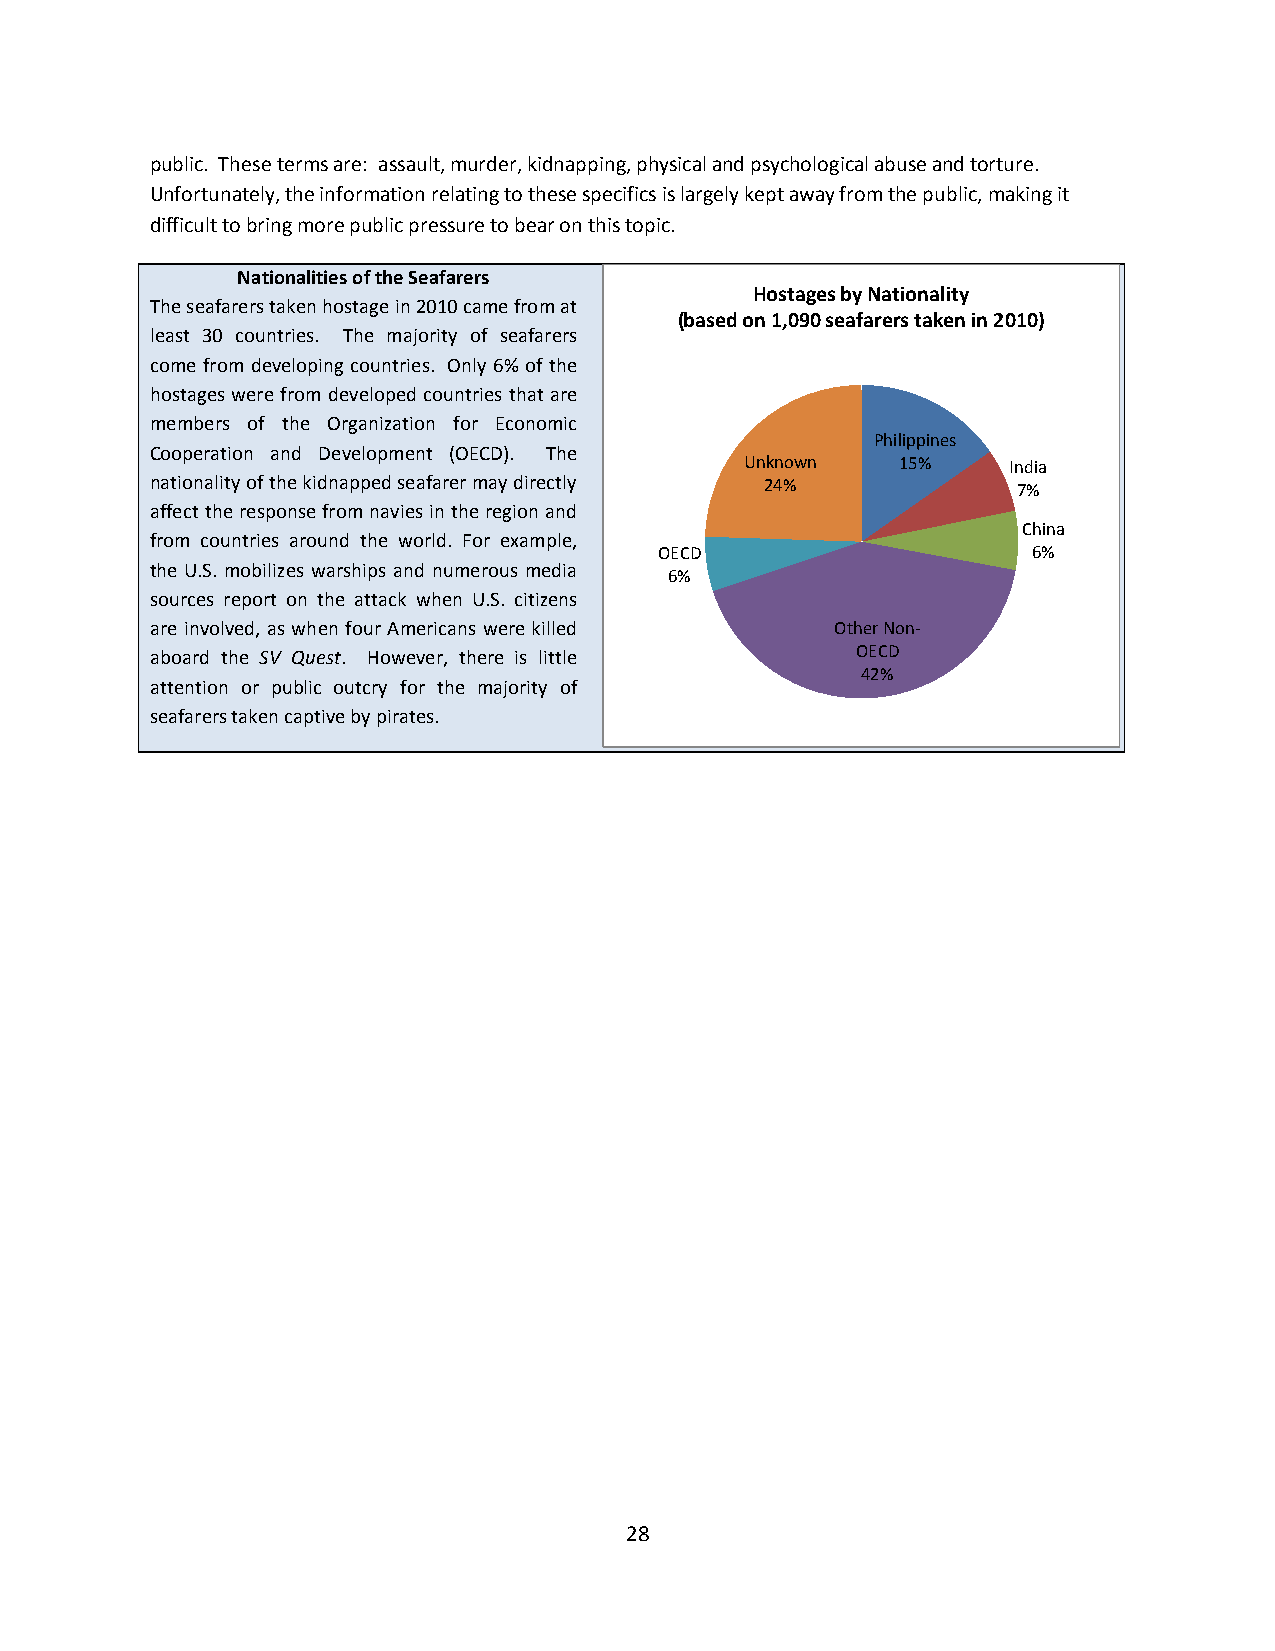
public. These terms are: assault, murder, kidnapping, physical and psychological abuse and torture.
 Unfortunately, the information relating to these specifics is largely kept away from the public, making it
 difficult to bring more public pressure to bear on this topic.
 Nationalities of the Seafarers
 Hostages by Nationality
 The seafarers taken hostage in 2010 came from at
 (based on 1,090 seafarers taken in 2010)
 least 30 countries. The majority of seafarers
 come from developing countries. Only 6% of the
 hostages were from developed countries that are
 members of the Organization for Economic
 Philippines
 Cooperation and Development (OECD). The
 Unknown   15%     India
 nationality of the kidnapped seafarer may directly 24%   7%
 affect the response from navies in the region and
 China
 from countries around the world. For example,
 OECD                    6%
 the U.S. mobilizes warships and numerous media
 6%
 sources report on the attack when U.S. citizens
 are involved, as when four Americans were killed Other Non-
 aboard the SV Quest. However, there is little  OECD
 42%
 attention or public outcry for the majority of
 seafarers taken captive by pirates.
 28